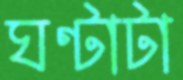
ঘণ্টাটা